Report of the King Institute of Preventive Medicine, Guindy
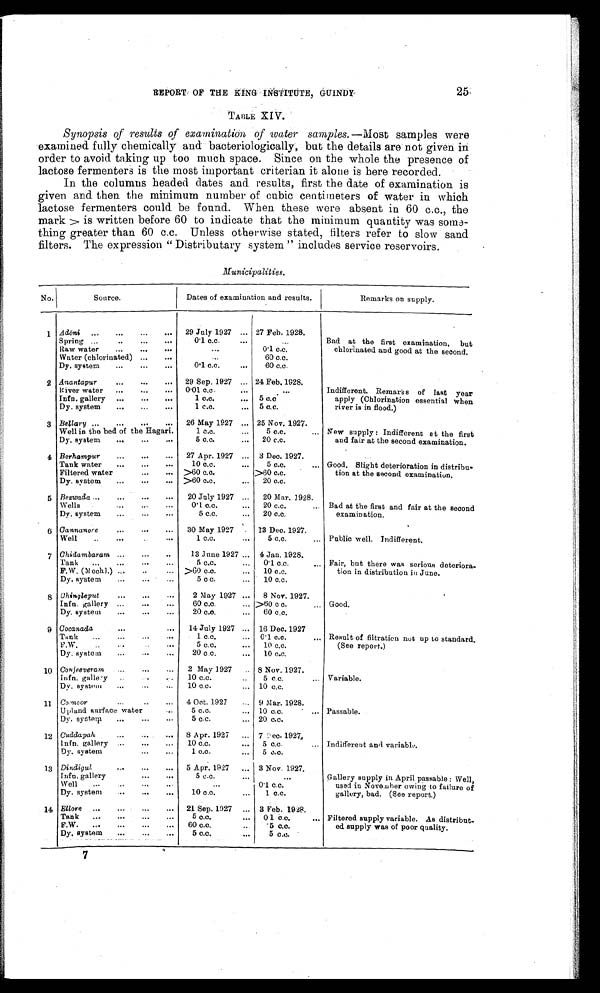
25
REPORT OF THE KING INSTITUTE, GUINDY
TABLE XIV.
Synopsis of results of examination of water samples. — Most samples were
examined fully chemically and bacteriologically, but the details are not given in
order to avoid taking up too much space. Since on the whole the presence of
lactose fermenters is the most important criterian it alone is here recorded.
In the columns headed dates and results, first the date of examination is
given and then the minimum number of cubic centimeters of water in which
lactose fermenters could be found. When these were absent in 60 c.c., the
mark > is written before 60 to indicate that the minimum quantity was some–-
thing greater than 60 c.c. Unless otherwise stated, filters refer to slow sand
filters. The expression “ Distributary system ” includes service reservoirs.
Municipalities.
No.
S o u r c e .
Dates of examination and results.
Remarks on supply.
1 Adõni
29 July 1927
. . . 27 Feb. 1928.
Bad at the first examination, but
chlorinated and good at the second.
Spring
0.1 c.c. . . .
...
Raw water
. . .
0 . 1 c . c .
Water (chlorinated)
. . .
6 0 c . c .
Dy. system
0.1 c.c.
. . .
6 0 c . c .
2 Anantapur
29 Sep. 1927
. . . 24 Feb. 1928.
Indifferent. Remarks of last year
apply (Chlorination essential When
river is in flood.)
River water
0.01 c.c.
. . .
. . .
Infn. gallery
1 c.c.
. . . 5 c.c
Dy. system
1 c.c. . . . 5 c.c.
3 Bellary
26 May 1927
. . . 25 Nov. 1927.
New supply : Indifferent at the first
and fair at the second examination.
Well in the bed of the Hagari.
1 c.c. . . .
5 c.c.
. . .
Dy. system
5 c.c. . . .
2 0 c . c .
4 Berhampur
27 Apr. 1927
. . . 3 Dec. 1927.
Good. Slight deterioration in distribu
–
tion at the second examination.
Tank water
10 c.c.
. . .
5 c.c.
. . .
Filtered water
>60 c . c .
>6 0 c . c .
Dy. system
>60 c.c.
. . .
2 0 c . c .
5 Bezwada
20 July 1927
. . .
20 Mar. 1928.
Bad at the first and fair at the second
examination.
Wells
0 . 1 c . c .
. . .
20 c.c.
. . .
Dy. system
5 c.c. ... 2 0 c . c .
6 Cannanore
30 May 1927
13 Dec. 1927.
Public well. Indifferent.
Well
1 c . c .
5 c.c. . . .
7 Chidambaram
13 June 1927 ... 4 Jan. 1928.
Fair, but there was serious deteriora
–
tion in distribution in June.
T a n k
5 c.c. . . . 0.1 c.c.
. . .
F.W. (Me c h l . ) >60 c.c. . . . 1 0 c . c .
Dy. system
5 c c. . . . 10 c.c.
8 Chingleput
2 May 1927 . . . 8 Nov. 1927.
Good.
Infn. g a l l e r y
60 c.c. . . . >60 c c. . . .
Dy. system
20 c.c.
...
6 0 c . c .
9 Cocanada
14 July 1927
. . . 16 Dec. 1927
Result of filtration not up to standard.
(See report.)
Tank
1 c.c.
. . . 0.1 c.c. ...
F.W.
5 c.c. . . . 1 0 c . c .
Dy. system
20 c.c. . . . 10 c.c.
10 Conjeeveram
2 May 1927
8 Nov. 1927.
Variable.
Infn. gallery
10 c.c.
. . 5 c . c .
Dy. system
10 c.c.
. . . 10 c . c .
11 Coonoor
4 Oct.1 9 2 7
. . . 9 Mar. 1928.
Passable.
Up land surface water
5 c.c. . . . 10 c.c. ...
Dy. s y s t e m
5 c.c. ... 2 0 c . c .
12 Cuddapah
8 Apr. 1927
. . . 7 Dec. 1927.
Indifferent and variable.
Infn. gallery
10 c.c. . . . 5 c.c.
...
Dy. system
1 c.c.
. . . 5 c . c .
13 Dindigul
5 Apr. 1927 . . . 3 Nov. 1927.
Gallery supply in April passable : Well,
used in November owing to failure of
gallery, bad. (See report.)
Infn. gallery
5 c.c. . . .
...
Well
. . . 0 . 1 c . c .
Dy. system
10 c.c. . . .
1 c . c .
14 Ellore
21 Sep. 1927
. . .
3 Feb. 1928.
Filtered supply variable. As distribut
–
ed supply was of poor quality.
Tank
5 c.c. ... 01 c.c.
. . .
F.W.
6 0 c . c .
. 5 c . c .
Dy. system
5 c.c. . . .
5 c.c.